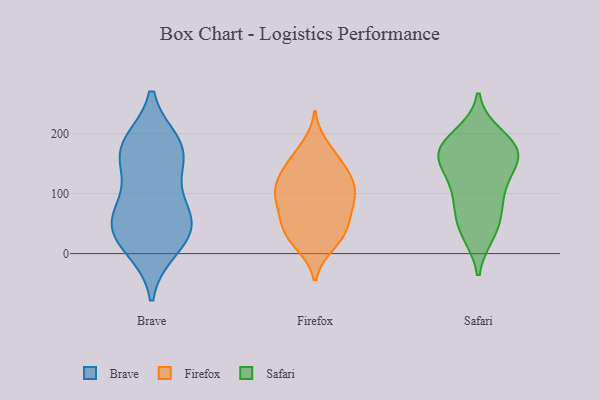
{"axis": {"x": "Shipments", "y": "Value"}, "legend": ["Brave", "Firefox", "Safari"], "data": [{"x": "", "y": 11, "type": "Brave"}, {"x": "", "y": 77, "type": "Brave"}, {"x": "", "y": 162, "type": "Brave"}, {"x": "", "y": 169, "type": "Brave"}, {"x": "", "y": 39, "type": "Brave"}, {"x": "", "y": 181, "type": "Brave"}, {"x": "", "y": 169, "type": "Brave"}, {"x": "", "y": 44, "type": "Brave"}, {"x": "", "y": 77, "type": "Brave"}, {"x": "", "y": 35, "type": "Brave"}, {"x": "", "y": 34, "type": "Firefox"}, {"x": "", "y": 65, "type": "Firefox"}, {"x": "", "y": 154, "type": "Firefox"}, {"x": "", "y": 83, "type": "Firefox"}, {"x": "", "y": 130, "type": "Firefox"}, {"x": "", "y": 95, "type": "Firefox"}, {"x": "", "y": 50, "type": "Firefox"}, {"x": "", "y": 46, "type": "Firefox"}, {"x": "", "y": 108, "type": "Firefox"}, {"x": "", "y": 152, "type": "Firefox"}, {"x": "", "y": 126, "type": "Firefox"}, {"x": "", "y": 177, "type": "Firefox"}, {"x": "", "y": 16, "type": "Firefox"}, {"x": "", "y": 21, "type": "Firefox"}, {"x": "", "y": 106, "type": "Firefox"}, {"x": "", "y": 98, "type": "Firefox"}, {"x": "", "y": 170, "type": "Safari"}, {"x": "", "y": 176, "type": "Safari"}, {"x": "", "y": 149, "type": "Safari"}, {"x": "", "y": 83, "type": "Safari"}, {"x": "", "y": 120, "type": "Safari"}, {"x": "", "y": 196, "type": "Safari"}, {"x": "", "y": 166, "type": "Safari"}, {"x": "", "y": 39, "type": "Safari"}, {"x": "", "y": 109, "type": "Safari"}, {"x": "", "y": 35, "type": "Safari"}, {"x": "", "y": 65, "type": "Safari"}, {"x": "", "y": 166, "type": "Safari"}, {"x": "", "y": 175, "type": "Safari"}]}